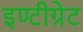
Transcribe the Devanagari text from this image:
इण्टीग्रेट